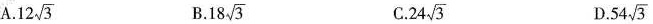
A.12 \sqrt{3} B.18 \sqrt{3} C.24 \sqrt{3} D.54 \sqrt{3}